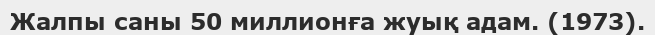
Жалпы саны 50 миллионға жуық адам. (1973).